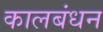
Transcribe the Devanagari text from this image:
कालबंधन